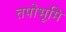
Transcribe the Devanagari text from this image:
तपोभूमि